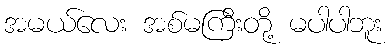
အမယ်လေး အစ်မကြီးတို့ မပါပါဘူး